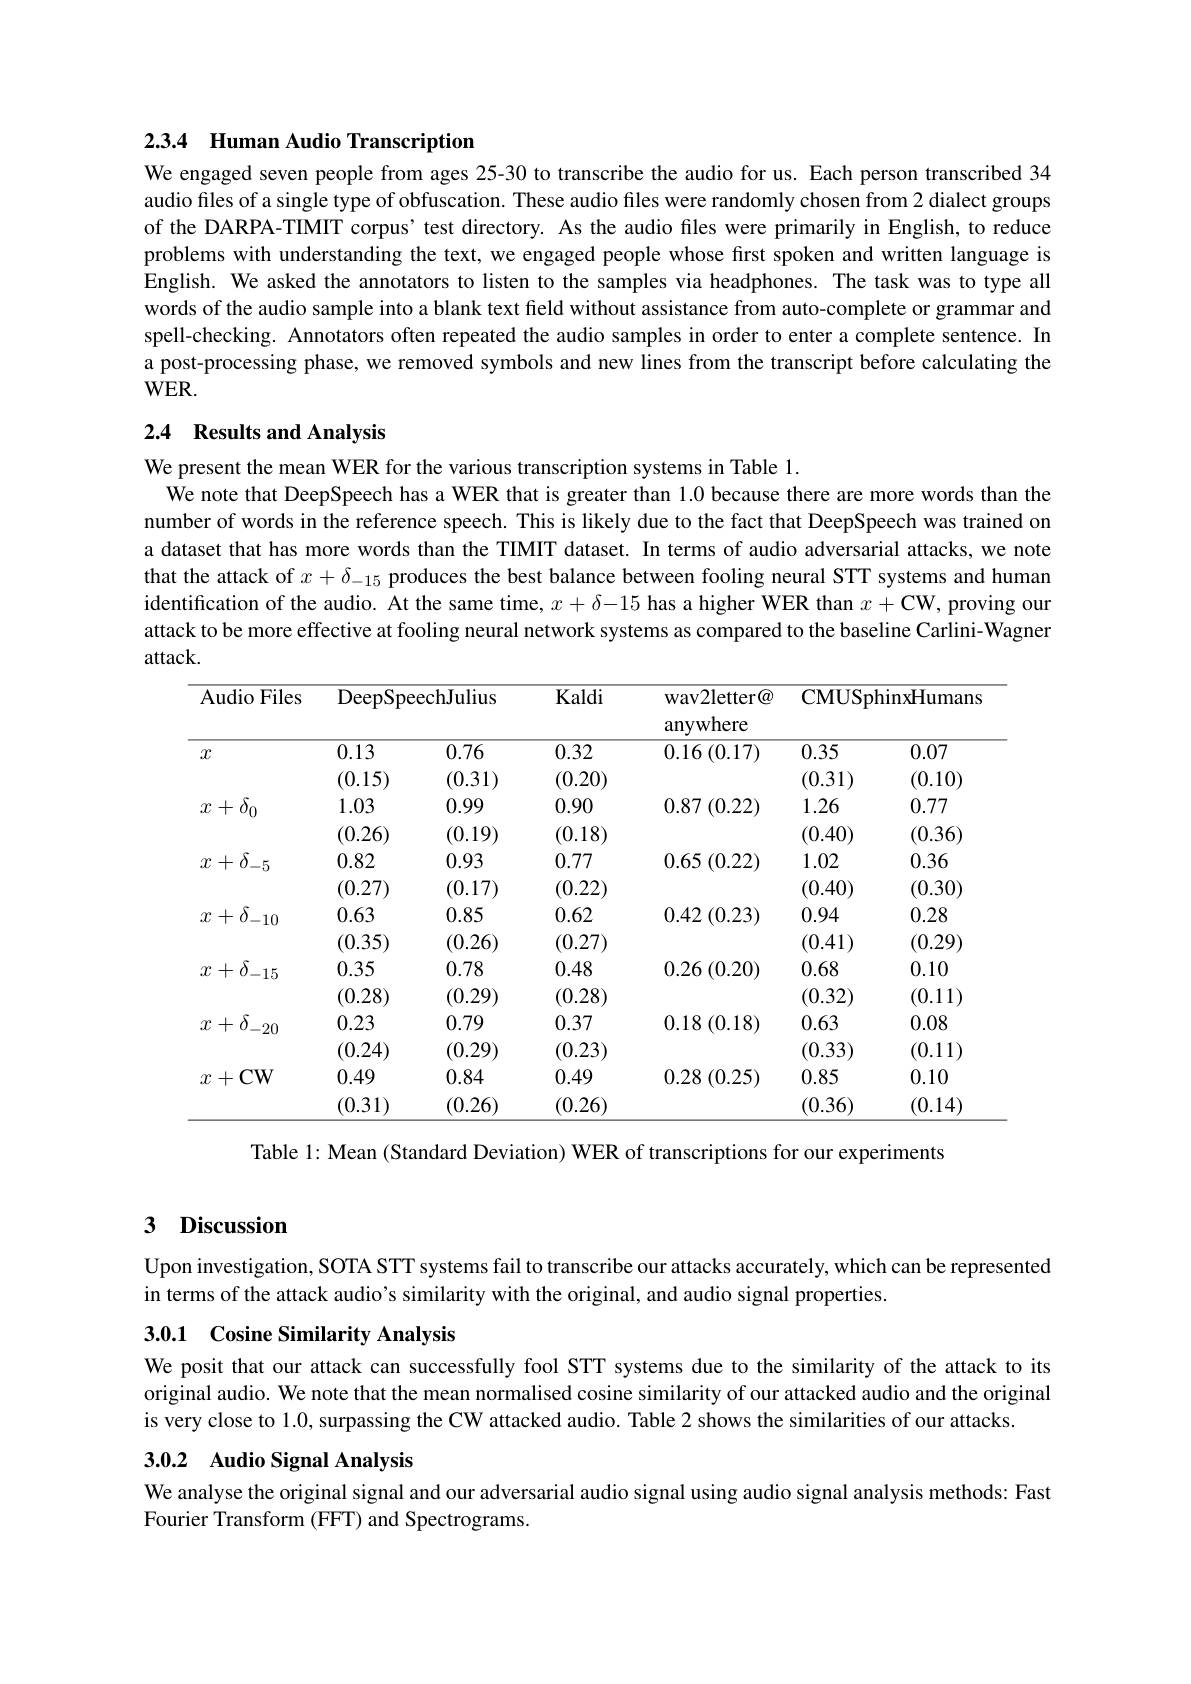
### 2.3.4 Human Audio Transcription We engaged seven people from ages 25-30 to transcribe the audio for us. Each person transcribed 34

audio files of a single type of obfuscation. These audio files were randomly chosen from 2 dialect groups of the DARPA-TIMIT corpus’test directory. As the audio files were primarily in English, to reduce problems with understanding the text, we engaged people whose first spoken and written language is English. We asked the annotators to listen to the samples via headphones. The task was to type all words of the audio sample into a blank text field without assistance from auto-complete or grammar and spell-checking. Annotators often repeated the audio samples in order to enter a complete sentence. In a post-processing phase, we removed symbols and new lines from the transcript before calculating the $WER.$

## 2.4 Results and Analysis

We present the mean WER for the various transcription systems in Table 1.
$\bar{\text{We note that DeepSpeech has a WER that is greater than }1.0}$ because there are more words than the number of words in the reference speech. This is likely due to the fact that DeepSpeech was trained on a dataset that has more words than the TIMIT dataset. In terms of audio adversarial attacks, we note that the attack of $x+\delta_{-15}$ produces the best balance between fooling neural STT systems and human identification of the audio. At the same time, $x+\delta-15$ has a higher WER than $x+\mathbf{CW}$, proving our attack to be more effective at fooling neural network systems as compared to the baseline Carlini-Wagner attack.

<table>
	<tbody>
		<tr>
			<th rowspan="1">Audio Files $x$</th>
			<th colspan="2">DeepSpeechJulius</th>
			<th>Kaldi</th>
			<th rowspan="2">wav2letter@ anywhere $0.16\left(0.17\right)$</th>
			<th>CMUSph</th>
			<th>ninxHumans</th>
		</tr>
		<tr>
			<th rowspan="2">$x$</th>
			<th>0.13</th>
			<th>0.76</th>
			<th>0.32</th>
			<th>0.35</th>
			<th>0.07</th>
		</tr>
		<tr>
			<td>(0.15)</td>
			<td>(0.31)</td>
			<td>(0.20)</td>
			<td> </td>
			<td>(0.31)</td>
			<td>(0.10)</td>
		</tr>
		<tr>
			<td rowspan="2">$x+\delta_0$</td>
			<td>1.03</td>
			<td>0.99</td>
			<td>0.90</td>
			<td>$0.87\left(0.22\right)$</td>
			<td>1.26</td>
			<td>0.77</td>
		</tr>
		<tr>
			<td>(0.26)</td>
			<td>(0.19)</td>
			<td>(0.18)</td>
			<td> </td>
			<td>(0.40)</td>
			<td>(0.36)</td>
		</tr>
		<tr>
			<td rowspan="2">$x+\delta_{-5}$</td>
			<td>0.82</td>
			<td>0.93</td>
			<td>0.77</td>
			<td>0.65 (0.22)</td>
			<td>1.02</td>
			<td>0.36</td>
		</tr>
		<tr>
			<td>(0.27)</td>
			<td>(0.17)</td>
			<td>(0.22)</td>
			<td> </td>
			<td>(0.40)</td>
			<td>(0.30)</td>
		</tr>
		<tr>
			<td rowspan="2">$x+\delta_{-10}$</td>
			<td>0.63</td>
			<td>0.85</td>
			<td>0.62</td>
			<td>0.42 $2\left(0.23\right)$ </td>
			<td>0.94</td>
			<td>0.28</td>
		</tr>
		<tr>
			<td>(0.35)</td>
			<td>(0.26)</td>
			<td>(0.27)</td>
			<td> </td>
			<td>(0.41)</td>
			<td>(0.29)</td>
		</tr>
		<tr>
			<td rowspan="2">$x+\delta_{-15}$</td>
			<td>0.35</td>
			<td>0.78</td>
			<td>0.48</td>
			<td>$0.26\left(0.20\right)$</td>
			<td>0.68</td>
			<td>0.10</td>
		</tr>
		<tr>
			<td>(0.28)</td>
			<td>(0.29)</td>
			<td>(0.28)</td>
			<td> </td>
			<td>(0.32)</td>
			<td>(0.11)</td>
		</tr>
		<tr>
			<td rowspan="2">$x+\delta_{-20}$</td>
			<td>0.23</td>
			<td>0.79</td>
			<td>0.37</td>
			<td>$0.18\left(0.18\right)$</td>
			<td>0.63</td>
			<td>0.08</td>
		</tr>
		<tr>
			<td>(0.24)</td>
			<td>(0.29)</td>
			<td>(0.23)</td>
			<td> </td>
			<td>(0.33)</td>
			<td>(0.11)</td>
		</tr>
		<tr>
			<td rowspan="2">$x+$CW</td>
			<td>0.49</td>
			<td>0.84</td>
			<td>0.49</td>
			<td>0.28 (0.25)</td>
			<td>0.85</td>
			<td>0.10</td>
		</tr>
		<tr>
			<td>(0.31)</td>
			<td>(0.26)</td>
			<td>(0.26)</td>
			<td> </td>
			<td>(0.36)</td>
			<td>(0.14)</td>
		</tr>
	</tbody>
</table>

Table l: Mean (Standard Deviation) WER of transcriptions for our experiments

### $\textbf{3}$ $\textbf{Discussion}$

Upon investigation, SOTA STT systems fail to transcribe our attacks accurately, which can be represented
in terms of the attack audio's similarity with the original, and audio signal properties.

## 3.0.1 Cosine Similarity Analysis

We posit that our attack can successfully fool STT systems due to the similarity of the attack to its original audio. We note that the mean normalised cosine similarity of our attacked audio and the original is very close to 1.0, surpassing the CW attacked audio. Table 2 shows the similarities of our attacks.

# 3.0.2 Audio Signal Analysis

We analyse the original signal and our adversarial audio signal using audio signal analysis methods: Fast
Fourier Transform (FFT) and Spectrograms.